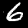
Label: 6